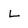
Character: L